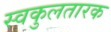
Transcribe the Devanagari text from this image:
स्वकुलतारक